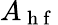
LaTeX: A_{\mathrm{~h~f~}}